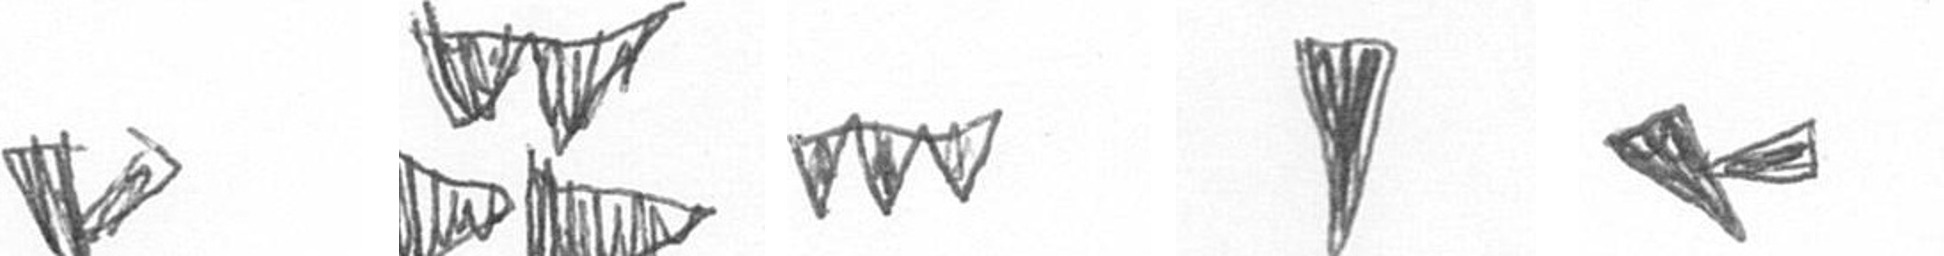
F B L J F